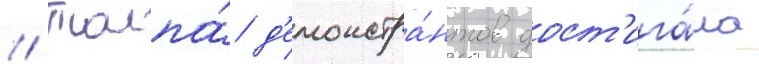
// Толпа́ д'емонстра́нтов дост'ига́ла